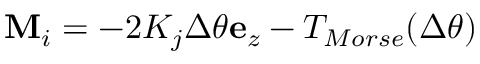
\begin{array} { r } { \mathbf { M } _ { i } = - 2 K _ { j } \Delta \theta \mathbf { e } _ { z } - T _ { M o r s e } ( \Delta { \theta } ) } \end{array}